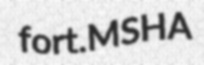
fort. MSHA